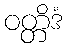
ဝတ္တိဒံ